Vaccination in the Punjab 1883-1896 - 1883-1896
Year: 1883
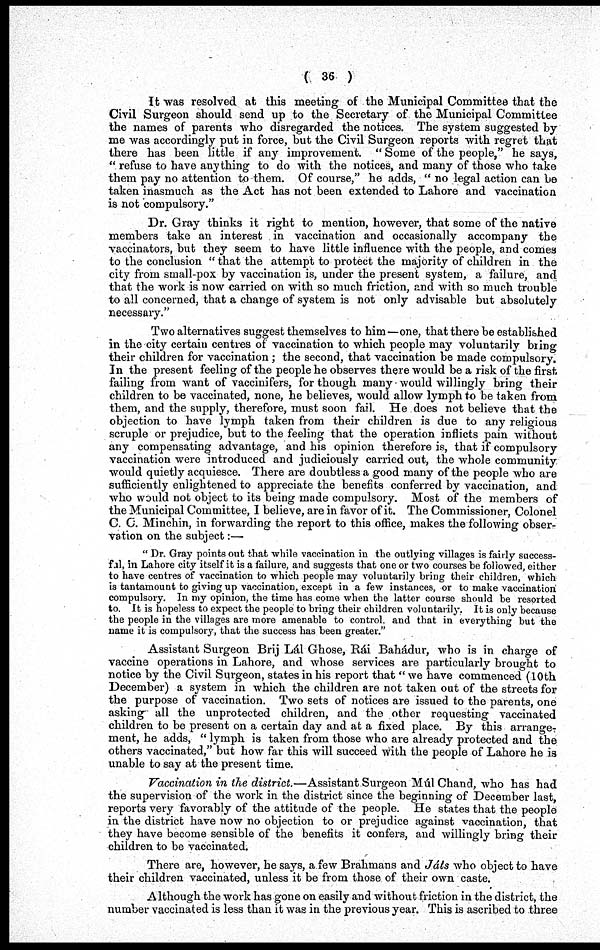
( 36 )
It was resolved at this meeting of the Municipal Committee that the
Civil Surgeon should send up to the Secretary of the Municipal Committee
the names of parents who disregarded the notices. The system suggested by
me was accordingly put in force, but the Civil Surgeon reports with regret that
there has been little if any improvement. " Some of the people," he says,
" refuse to have anything to do with the notices, and many of those who take
them pay no attention to them. Of course," he adds, " no legal action can be
taken inasmuch as the Act has not been extended to Lahore and vaccination
is not compulsory."
Dr. Gray thinks it right to mention, however, that some of the native
members take an interest in vaccination and occasionally accompany the
vaccinators, but they seem to have little influence with the people, and comes
to the conclusion " that the attempt to protect the majority of children in the
city from small-pox by vaccination is, under the present system, a failure, and
that the work is now carried on with so much friction, and with so much trouble
to all concerned, that a change of system is not only advisable but absolutely
necessary."
Two alternatives suggest themselves to him—one, that there be established
in the city certain centres of vaccination to which people may voluntarily bring
their children for vaccination ; the second, that vaccination be made compulsory.
In the present feeling of the people he observes there would be a risk of the first
failing from want of vaccinifers, for though many would willingly bring their
children to be vaccinated, none, he believes, would allow lymph to be taken from
them, and the supply, therefore, must soon fail. He does not believe that the
objection to have lymph taken from their children is due to any religious
scruple or prejudice, but to the feeling that the operation inflicts pain without
any compensating advantage, and his opinion therefore is, that if compulsory
vaccination were introduced and judiciously carried out, the whole community
would quietly acquiesce. There are doubtless a good many of the people who are
sufficiently enlightened to appreciate the benefits conferred by vaccination, and
who would not object to its being made compulsory. Most of the members of
the Municipal Committee, I believe, are in favor of it. The Commissioner, Colonel
C. C. Minchin, in forwarding the report to this office, makes the following obser-
vation on the subject:—
" Dr. Gray points out that while vaccination in the outlying villages is fairly success-
ful, in Lahore city itself it is a failure, and suggests that one or two courses be followed, either
to have centres of vaccination to which people may voluntarily bring their children, which
is tantamount to giving up vaccination, except in a few instances, or to make vaccination
compulsory. In my opinion, the time has come when the latter course should be resorted
to. It is hopeless to expect the people to bring their children voluntarily. It is only because
the people in the villages are more amenable to control, and that in everything but the
name it is compulsory, that the success has been greater."
Assistant Surgeon Brij Lál Ghose, Rái Bahádur, who is in charge of
vaccine operations in Lahore, and whose services are particularly brought to
notice by the Civil Surgeon, states in his report that " we have commenced (10th
December) a system in which the children are not taken out of the streets for
the purpose of vaccination. Two sets of notices are issued to the parents, one
asking all the unprotected children, and the other requesting vaccinated
children to be present on a certain day and at a fixed place. By this arrange-
ment, he adds, " lymph is taken from those who are already protected and the
others vaccinated," but how far this will succeed with the people of Lahore he is
unable to say at the present time.
Vaccination in the district.—Assistant Surgeon Múl Chand, who has had
the supervision of the work in the district since the beginning of December last,
reports very favorably of the attitude of the people. He states that the people
in the district have now no objection to or prejudice against vaccination, that
they have become sensible of the benefits it confers, and willingly bring their
children to be vaccinated.
There are, however, he says, a few Brahmans and Jáls who object to have
their children vaccinated, unless it be from those of their own caste.
Although the work has gone on easily and without friction in the district, the
number vaccinated is less than it was in the previous year. This is ascribed to three